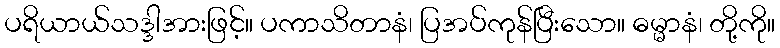
ပရိယာယ်သဒ္ဒါအားဖြင့်။ ပကာသိတာနံ၊ ပြအပ်ကုန်ပြီးသော။ ဓမ္မာနံ၊ တို့ကို။